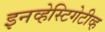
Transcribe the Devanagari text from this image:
इनव्हेस्टिगेटीव्ह